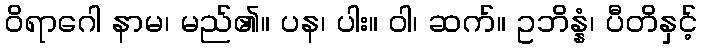
ဝိရာဂေါ နာမ၊ မည်၏။ ပန၊ ပါး။ ဝါ၊ ဆက်။ ဥဘိန္နံ၊ ပီတိနှင့်